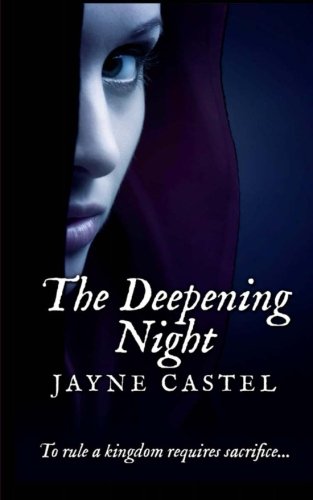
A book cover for The Deepening Night; Jayne Castel; Romance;